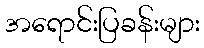
အရောင်းပြခန်းများ